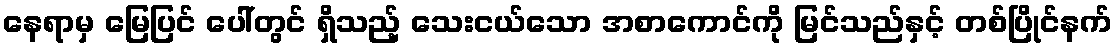
နေရာမှ မြေပြင် ပေါ်တွင် ရှိသည့် သေးငယ်သော အစာကောင်ကို မြင်သည်နှင့် တစ်ပြိုင်နက်